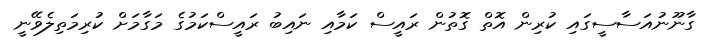
ގާނޫނުއަސާސީގައި ކުރިން އޮތް ގޮތުން ރައީސް ކަމާއި ނައިބު ރައީސްކަމުގެ މަގާމަށް ކުރިމަތިލެވޭނީ